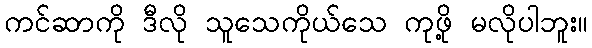
ကင်ဆာကို ဒီလို သူသေကိုယ်သေ ကုဖို့ မလိုပါဘူး။